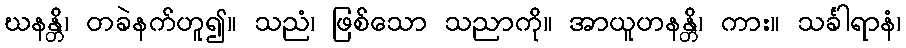
ဃနန္တိ၊ တခဲနက်ဟူ၍။ သညံ၊ ဖြစ်သော သညာကို။ အာယူဟနန္တိ၊ ကား။ သင်္ခါရာနံ၊